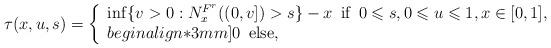
LaTeX: \begin{align*}\tau(x, u,s)= \left\{\begin{array}{l}\inf\{ v>0 : N^{F^r}_x((0, v])>s \} - x \, \mbox{ if }\, 0\leqslant s, 0\leqslant u\leqslant 1, x\in [0,1], \\begin{align*}3mm]0 \, \mbox{ else,}\end{array}\right.\end{align*}